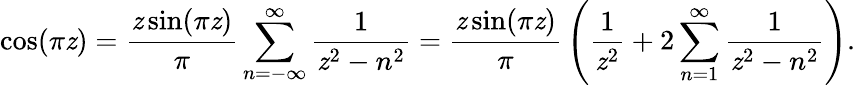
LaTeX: \cos(\pi\mathit{z})={\frac{{\mathit{z}\sin(\pi\mathit{z})}}{{\pi}}}\displaystyle\sum_{n=-\infty}^{\infty}{\frac{{1}}{{\mathit{z}^{2}-n^{2}}}}={\frac{{\mathit{z}\sin(\pi\mathit{z})}}{{\pi}}}\left({\frac{{1}}{{\mathit{z}^{2}}}}+2\displaystyle\sum_{n=1}^{\infty}{\frac{{1}}{{\mathit{z}^{2}-n^{2}}}}\right).